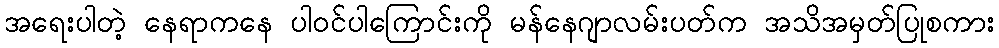
အရေးပါတဲ့ နေရာကနေ ပါဝင်ပါကြောင်းကို မန်နေဂျာလမ်းပတ်က အသိအမှတ်ပြုစကား